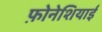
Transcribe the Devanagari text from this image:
फ़ोनेशियाई